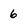
Character: 6